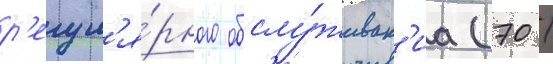
р'егул'я́рного обслу́живан'иа (70 /